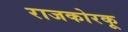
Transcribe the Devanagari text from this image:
राजकोरकू